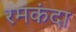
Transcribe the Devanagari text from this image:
रमकंदा